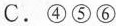
C.④⑤⑥